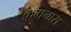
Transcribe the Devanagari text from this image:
क्रमनारा